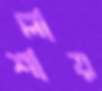
শাল্লায়